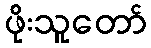
ဖိုးသူတော်